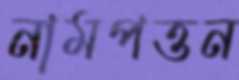
নামপত্তন